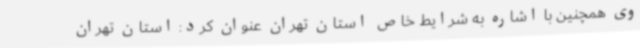
وی همچنین با اشاره به شرایط خاص استان تهران عنوان کرد: استان تهران